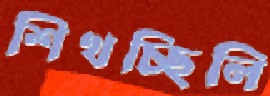
শিখচ্ছিলি